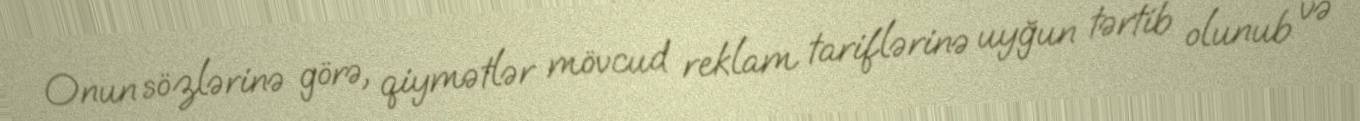
Onun sözlərinə görə, qiymətlər mövcud reklam tariflərinə uyğun tərtib olunub və